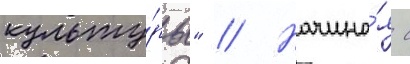
культу́ры" // Начина́я с